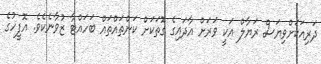
ދަަރިއަކަށްވިޔަސް ރަޔާލް އަކީ ވަރަށް އާދައިގެ ގޮތަކަށް ކަންތައްތައް ބަހައްޓާ ޒުވާނެކެވެ. އޮފީހުގެ